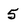
Character: 5